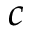
c